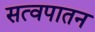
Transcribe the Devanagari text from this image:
सत्वपातन